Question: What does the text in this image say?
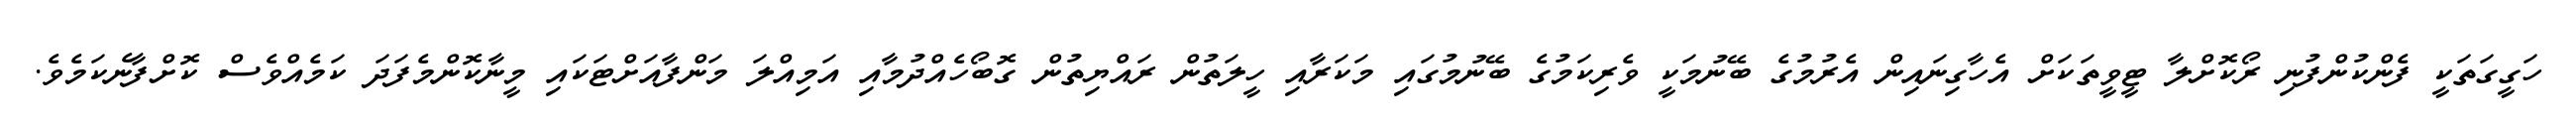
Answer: ހަގީގަތަކީ ފެންކުންފުނި ރޯކޮށްލާ ޓީވީތަކަށް އެހާގިނައިން އެރުމުގެ ބޭނުމަކީ ވެރިކަމުގެ ބޭނުމުގައި މަކަރާއި ހީލަތުން ރައްޔިތުން ގޮބޯހެއްދުމާއި އަމިއްލަ މަންފާއަށްޓަކައި މީނާކޮންމެފަދަ ކަމެއްވެސް ކޮށްފާނެކަމެވެ.